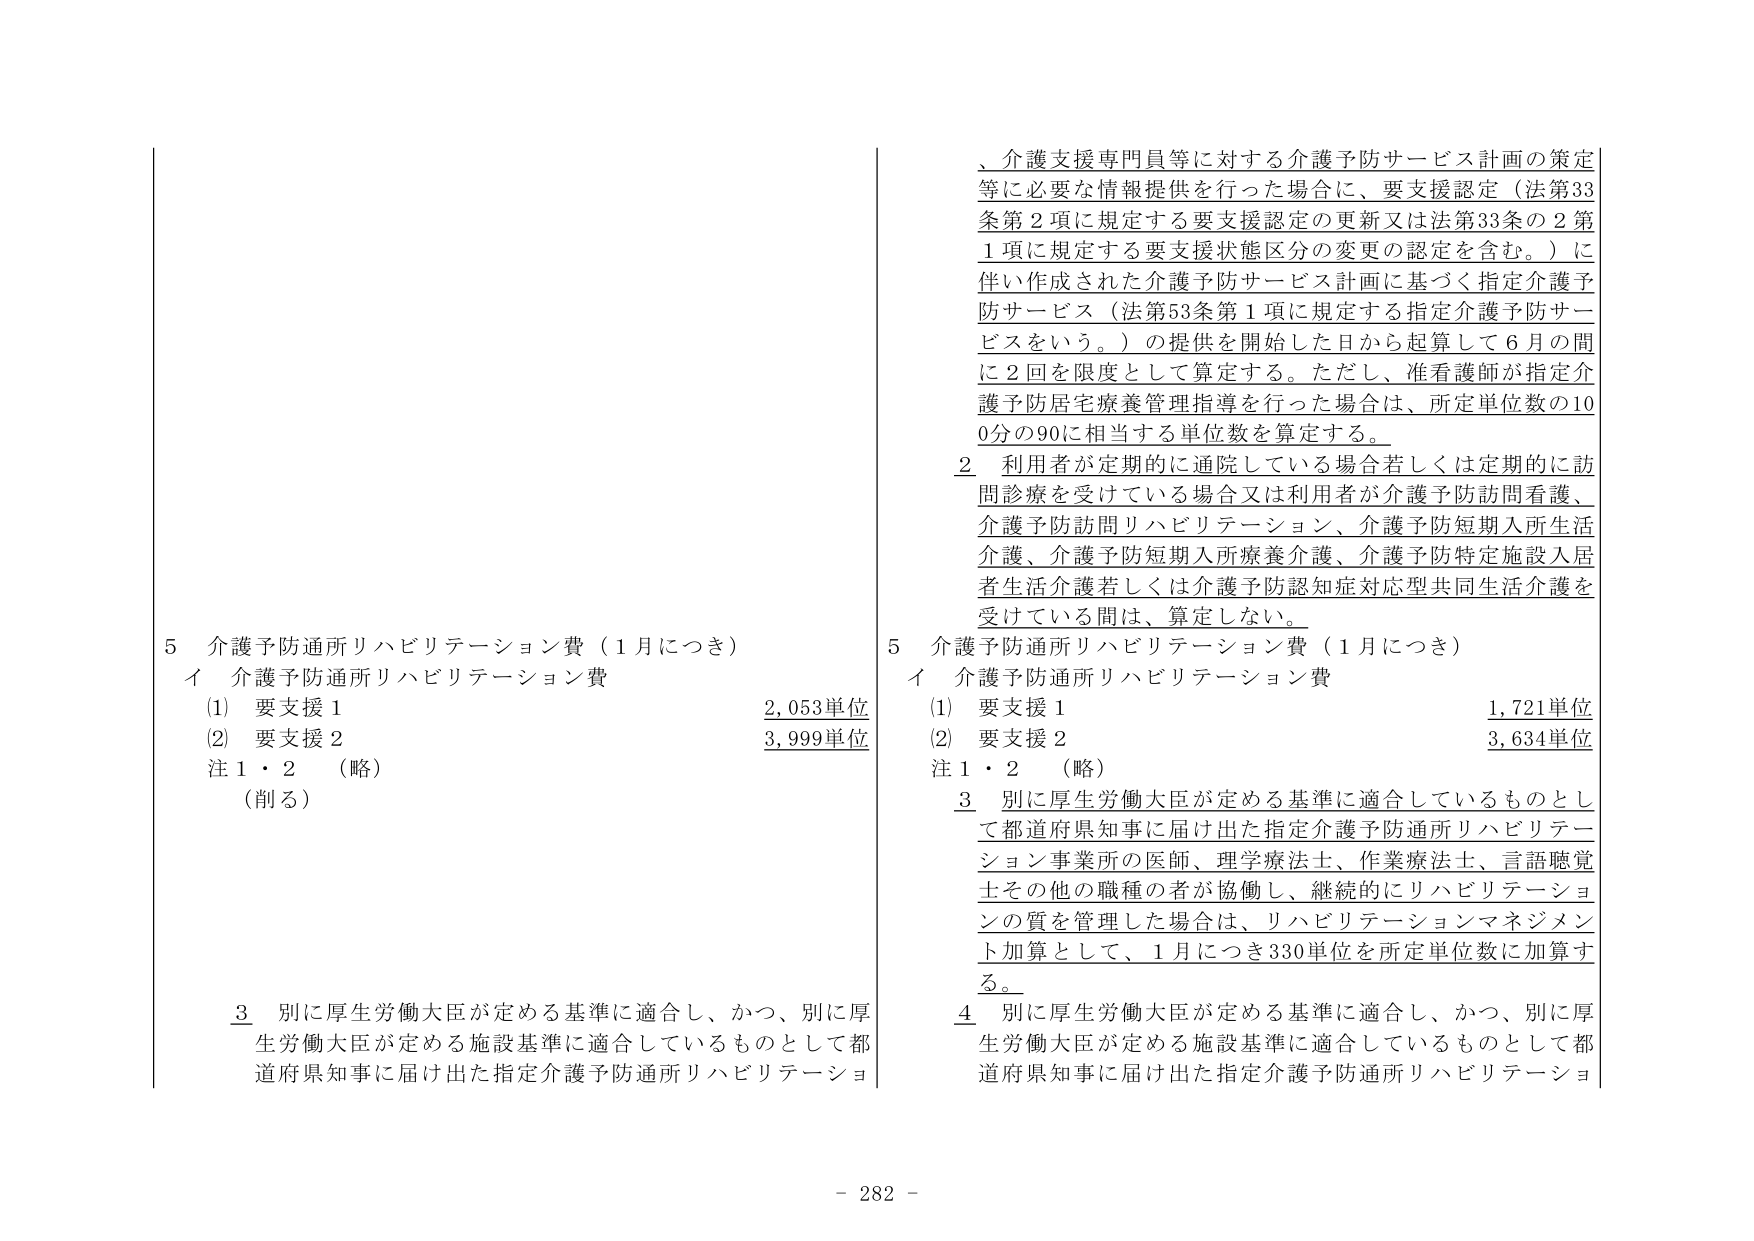
、介護支援専門員等に対する介護予防サービス計画の策定等に必要な情報提供を行った場合に、要支援認定（法第33条第2項に規定する要支援認定の更新又は法第33条の2第1項に規定する要支援状態区分の変更の認定を含む。）に伴い作成された介護予防サービス計画に基づく指定介護予防サービス（法第53条第1項に規定する指定介護予防サービスをいう。）の提供を開始した日から起算して6月の間に2回を限度として算定する。ただし、准看護師が指定介護予防居宅療養管理指導を行った場合は、所定単位数の100分の90に相当する単位数を算定する。

2 利用者が定期的に通院している場合若しくは定期的に訪問診療を受けている場合又は利用者が介護予防訪問看護、介護予防訪問リハビリテーション、介護予防短期入所生活介護、介護予防短期入所療養介護、介護予防特定施設入居者生活介護若しくは介護予防認知症対応型共同生活介護を受けている間は、算定しない。

5 介護予防通所リハビリテーション費（1月につき）
イ 介護予防通所リハビリテーション費
(1) 要支援1 1,721単位
(2) 要支援2 3,634単位
注1・2 （略）

3 別に厚生労働大臣が定める基準に適合しているものとして都道府県知事に届け出た指定介護予防通所リハビリテーション事業所の医師、理学療法士、作業療法士、言語聴覚士その他の職種の者が協働し、継続的にリハビリテーションの質を管理した場合は、リハビリテーションマネジメント加算として、1月につき330単位を所定単位数に加算する。

4 別に厚生労働大臣が定める基準に適合し、かつ、別に厚生労働大臣が定める施設基準に適合しているものとして都道府県知事に届け出た指定介護予防通所リハビリテーション

5 介護予防通所リハビリテーション費（1月につき）
イ 介護予防通所リハビリテーション費
(1) 要支援1 2,053単位
(2) 要支援2 3,999単位
注1・2 （略）
（削る）

3 別に厚生労働大臣が定める基準に適合し、かつ、別に厚生労働大臣が定める施設基準に適合しているものとして都道府県知事に届け出た指定介護予防通所リハビリテーション

- 282 -